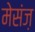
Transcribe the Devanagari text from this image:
मेसंज़